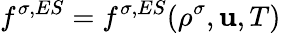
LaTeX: f^{\sigma,ES}=f^{\sigma,ES}(\rho^{\sigma},\mathbf{u},T)